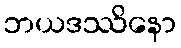
ဘယဒဿိနော